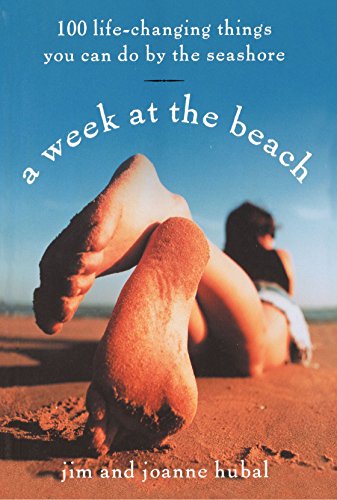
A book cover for A Week at the Beach: 100 Life-Changing Things You Can Do by the Seashore; Jim Hubal; Travel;